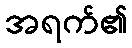
အရက်၏